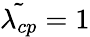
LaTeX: \tilde{\lambda_{cp}}=1